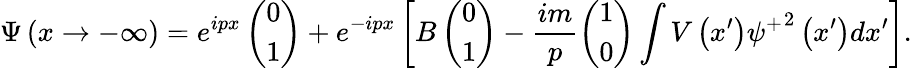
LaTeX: \Psi\left(x\rightarrow-\infty\right)=e^{ipx}\left(\begin{array}{c}{{0}}\\ {{1}}\end{array}\right)+e^{-ipx}\left[B\left(\begin{array}{c}{{0}}\\ {{1}}\end{array}\right)-\frac{im}p\left(\begin{array}{c}{{1}}\\ {{0}}\end{array}\right)\int V\left(x^{\prime}\right){\psi^{+}}^{2}\left(x^{\prime}\right)dx^{\prime}\right].